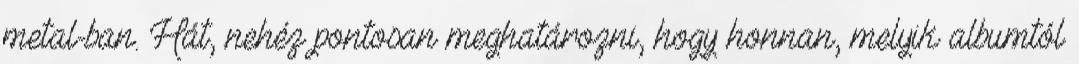
metal-ban. Hát, nehéz pontosan meghatározni, hogy honnan, melyik albumtól